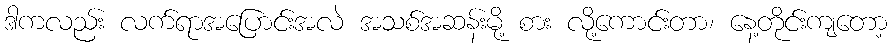
ဒါကလည်း လက်ရာအပြောင်းအလဲ အသစ်အဆန်းမို့ စား လို့ကောင်းတာ၊ နေ့တိုင်းကျတော့